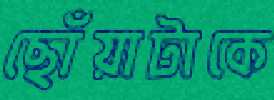
ছোঁয়াটাকে